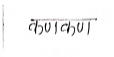
मजकूर: कणकण